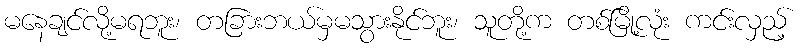
မနေချင်လို့မရဘူး၊ တခြားဘယ်မှမသွားနိုင်ဘူး၊ သူတို့က တစ်မြို့လုံး ကင်းလှည့်